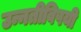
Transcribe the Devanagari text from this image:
उन्नतीविषयी